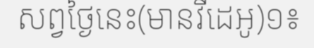
សព្វថ្ងៃនេះ(មានវីដេអូ)១៖